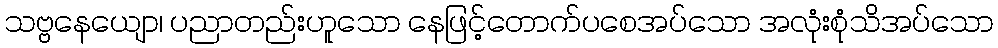
သဗ္ဗနေယျော၊ ပညာတည်းဟူသော နေဖြင့်တောက်ပစေအပ်သော အလုံးစုံသိအပ်သော